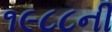
૧૯૮૮ની